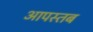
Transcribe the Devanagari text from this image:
आपस्तब